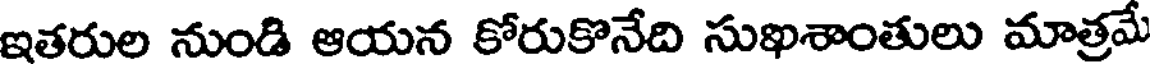
ఇతరుల నుండి ఆయన కోరుకొనేది సుఖశాంతులు మాత్రమే